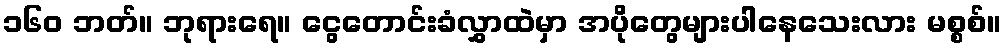
၁၆၀ ဘတ်။ ဘုရားရေ။ ငွေတောင်းခံလွှာထဲမှာ အပိုတွေများပါနေသေးလား မစ္စစ်။